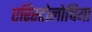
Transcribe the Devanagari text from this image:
एरिस्टोलोचिया